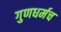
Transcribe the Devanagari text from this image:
गुणधर्मच